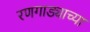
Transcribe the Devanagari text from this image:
रणगाड्याच्या